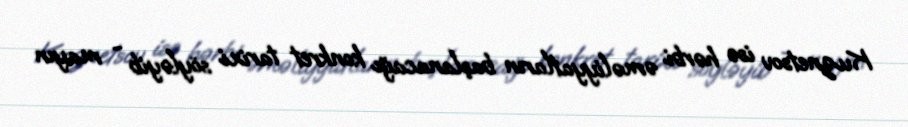
Kuznetsov isə hərbi əməliyyatların başlanacağı konkret tarixi söyləyib - mayın